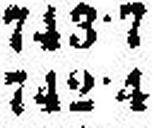
742•4